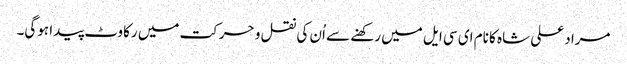
مراد علی شاہ کا نام ای سی ایل میں رکھنے سے اُن کی نقل و حرکت میں رکاوٹ پیدا ہوگی۔